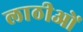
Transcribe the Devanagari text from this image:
लाठीओं